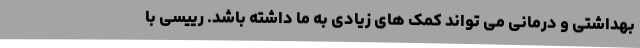
بهداشتی و درمانی می تواند کمک های زیادی به ما داشته باشد. رییسی با